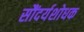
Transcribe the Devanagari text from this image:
सौंदर्यशोधक